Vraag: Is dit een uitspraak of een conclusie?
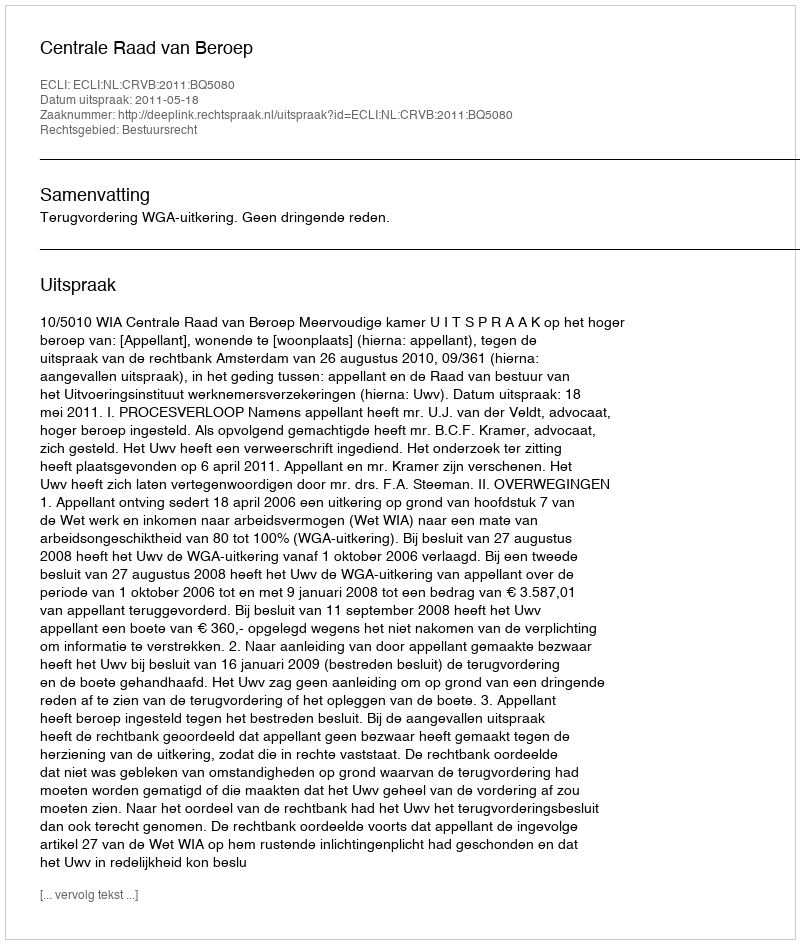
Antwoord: Uitspraak